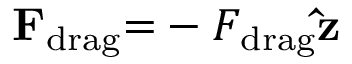
\mathbf { F } _ { \mathrm { d r a g } } { = } - F _ { \mathrm { d r a g } } \mathbf { \hat { z } }